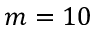
m = 1 0